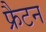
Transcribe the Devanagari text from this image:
फ्रैटन